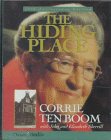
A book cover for The Hiding Place: 25th Anniversary Edition (Corrie Ten Boom Library); Corrie ten Boom; Biographies & Memoirs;